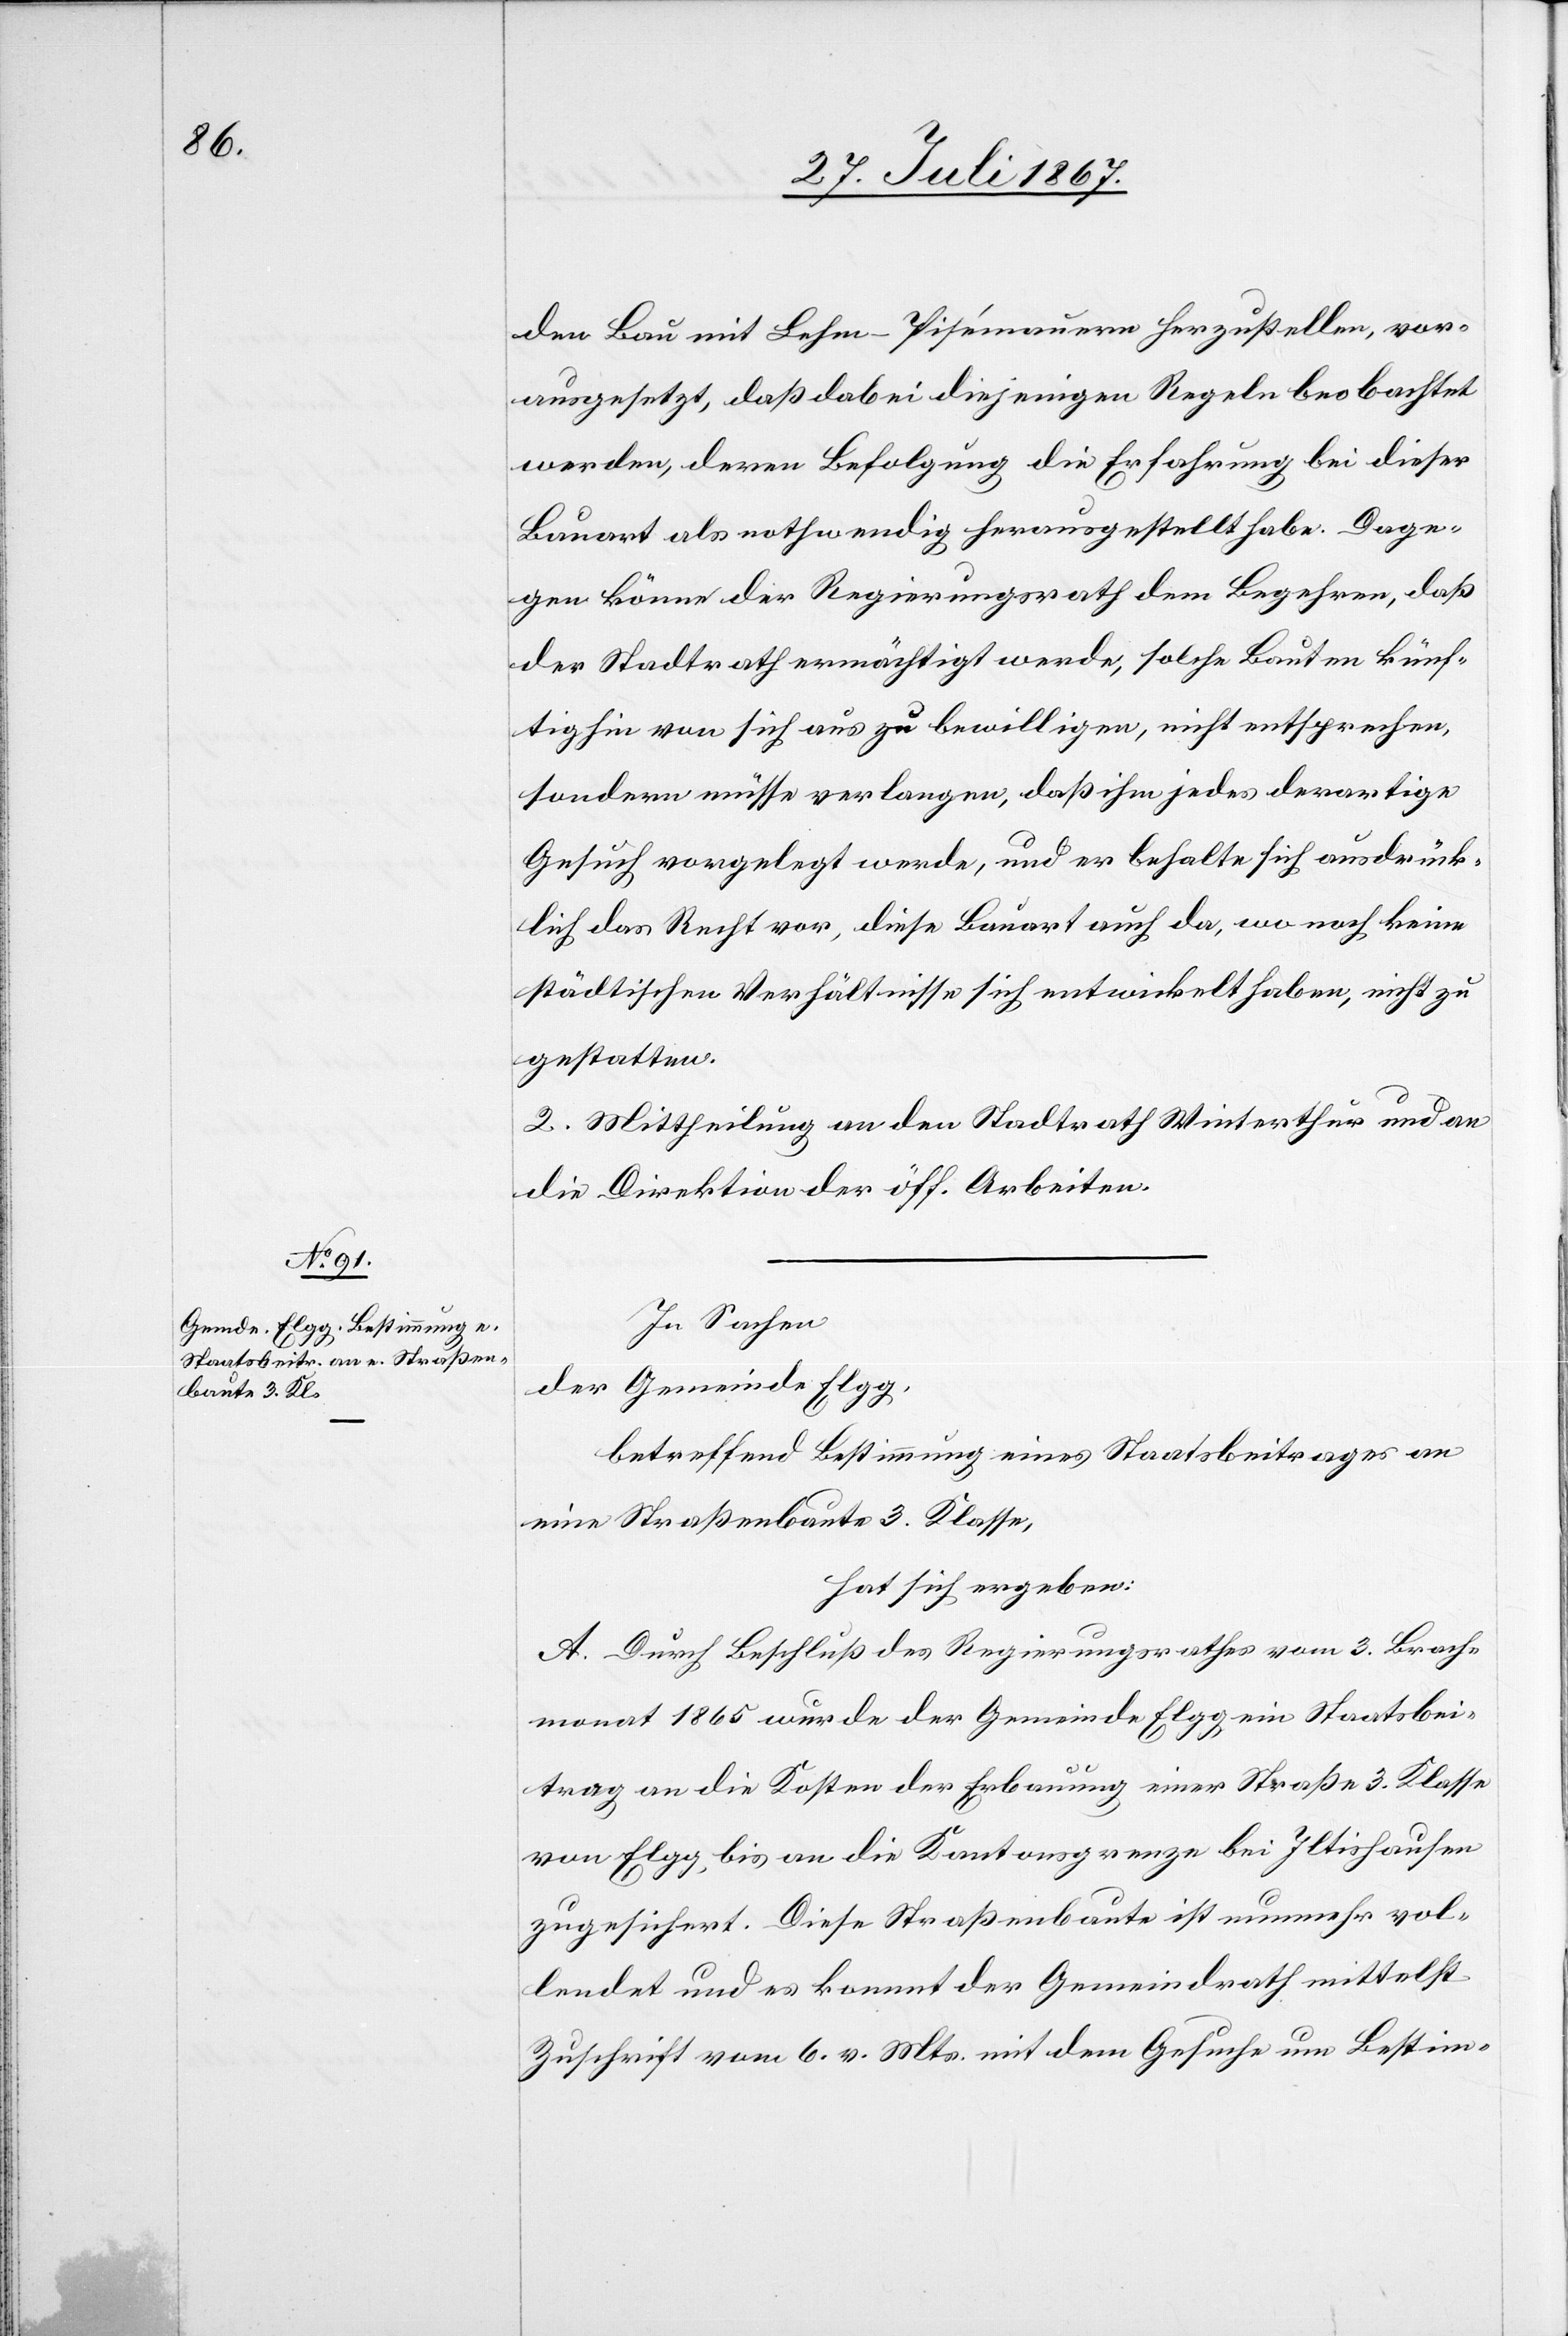
den Bau mit Lehm-Pisémauern herzustellen, vor¬
ausgesetzt, daß dabei diejenigen Regeln beobachtet
werden, deren Befolgung die Erfahrung bei dieser
Bauart als nothwendig herausgestellt habe. Dage¬
gen könne der Regierungsrath dem Begehren, daß
der Stadtrath ermächtigt werde, solche Bauten künf¬
tighin von sich aus zu bewilligen, nicht entsprechen,
sondern müsse verlangen, daß ihm jedes derartiges
Gesuch vorgelegt werde, und er behalte sich ausdrück¬
lich das Recht vor, diese Bauart da, wo noch keine
städtischen Verhältnisse sich entwickelt haben, nicht zu
gestatten.
2. Mittheilung an den Stadtrath Zürich und an
die Direktion der öff. Arbeiten.
In Sachen
der Gemeinde Elgg,
betreffend Bestimmung eines Staatsbeitrages an
eine Straßenbaute 3. Klasse,
hat sich ergeben:
A. Durch Beschluß des Regierungsrathes vom 3. Brach¬
monat 1865 wurde der Gemeinde Elgg ein Staatsbei¬
trag an die Kosten der Erbauung einer Straße 3. Klasse
von Elgg bis an die Kantonsgrenze bei Itlishausen
zugesichert. Diese Straßenbaute ist nunmehr vol¬
lendet und es kommt der Gemeindrath mittelst
Zuschrift vom 6. v. Mts. mit dem Gesuche um Bestim-